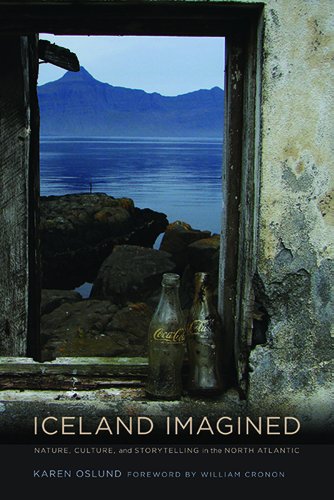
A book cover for Iceland Imagined: Nature, Culture, and Storytelling in the North Atlantic (Weyerhaeuser Environmental Books); Karen Oslund; History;